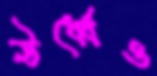
ঊর্ধ্বেও